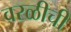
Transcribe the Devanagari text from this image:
वरळीची